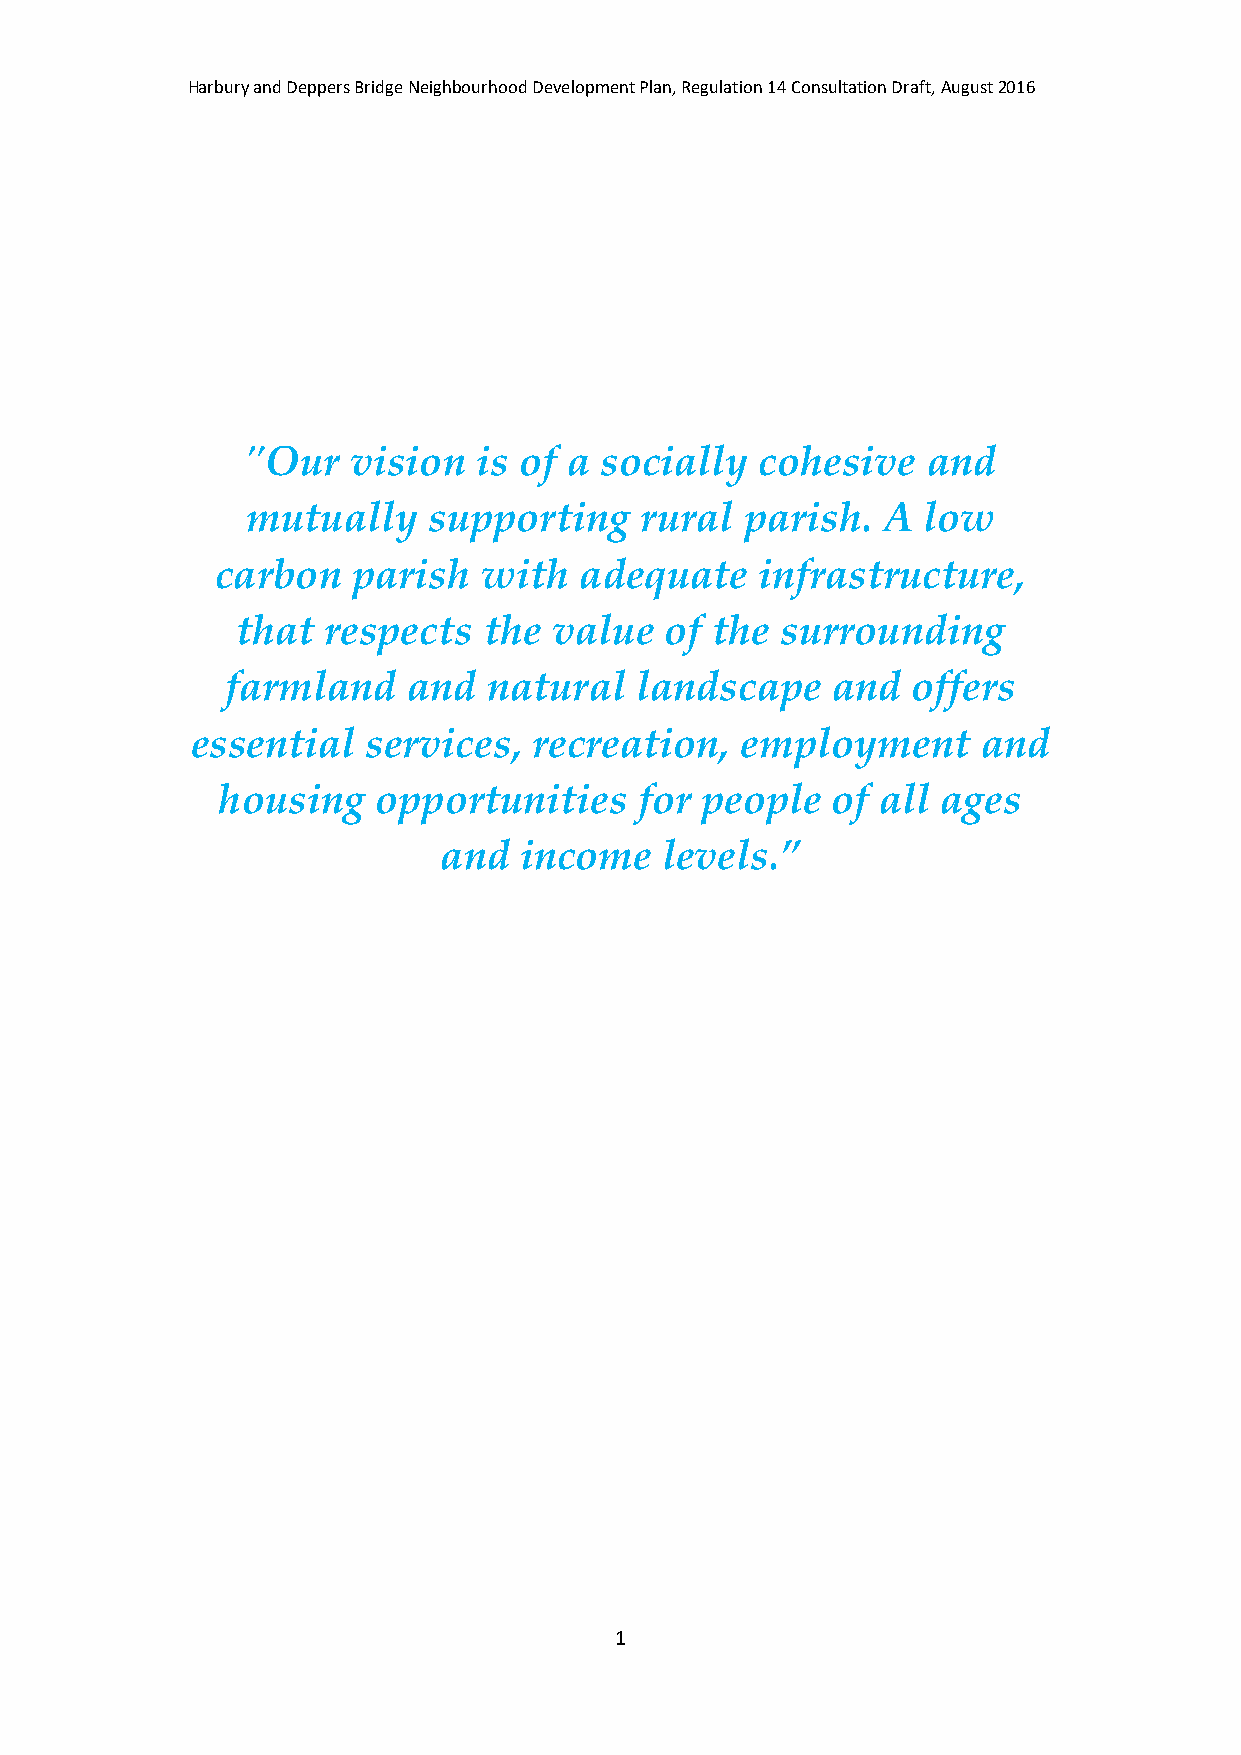
Harbury and Deppers Bridge Neighbourhood Development Plan, Regulation 14 Consultation Draft, August 2016
 "Our   vision   is of a socially  cohesive   and
 mutually    supporting    rural  parish.  A  low
 carbon   parish   with  adequate    infrastructure,
 that  respects  the  value  of the  surrounding
 farmland    and  natural   landscape    and  offers
 essential  services,  recreation,   employment      and
 housing    opportunities    for people   of all ages
 and  income    levels.”
 1